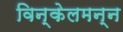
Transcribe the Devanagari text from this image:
विन्केलमन्न